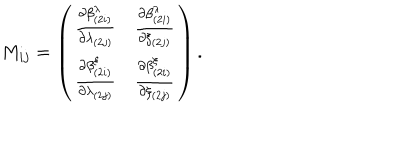
M _ { i j } = \left( \begin{array} { c c } { { { \frac { \partial \beta _ { ( 2 i ) } ^ { \lambda } } { \partial \lambda _ { ( 2 j ) } } } } } & { { { \frac { \partial \beta _ { ( 2 i ) } ^ { \lambda } } { \partial \xi _ { ( 2 j ) } } } } } \\ { { { \frac { \partial \beta _ { ( 2 i ) } ^ { \xi } } { \partial \lambda _ { ( 2 j ) } } } } } & { { { \frac { \partial \beta _ { ( 2 i ) } ^ { \xi } } { \partial \xi _ { ( 2 j ) } } } } } \\ \end{array} \right) .